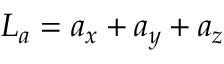
L _ { a } = a _ { x } + a _ { y } + a _ { z }